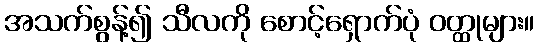
အသက်စွန့်၍ သီလကို စောင့်ရှောက်ပုံ ဝတ္ထုများ။